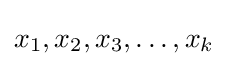
x_{1},x_{2},x_{3},\dots ,x_{k}